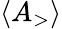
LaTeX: \langle{A_{\mathrm{>}}}\rangle